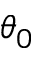
\theta _ { 0 }